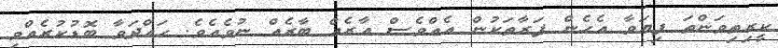
ކީރިތިވަންތަ ފިޔަވާ އެހެން ފަރާތަކުން އެއްވެސް އާރެއް ބާރެއް ނުވެއެވެ. ހައްދަވާ ބޮޑުކުރެއްވި